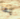
إنها